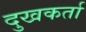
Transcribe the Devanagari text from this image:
दुखकर्ता